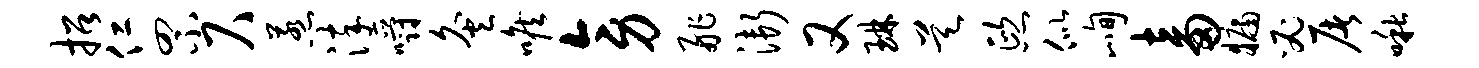
招仁罘尺惹淬嚼灸喉旁舴渐又琳昊熙似峋畜牖必屠啾